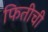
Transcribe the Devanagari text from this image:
फितीची